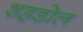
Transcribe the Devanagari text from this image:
शह़डोल